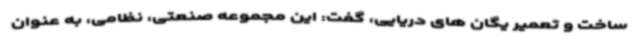
ساخت و تعمیر یگان های دریایی، گفت: این مجموعه صنعتی، نظامی، به عنوان